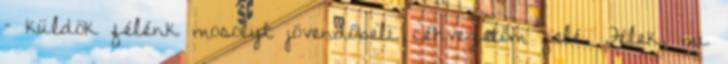
– küldök félénk mosolyt jövendőbeli céhvezetőm felé. Félek, mi